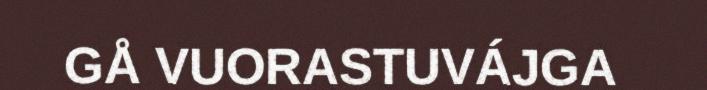
GÅ VUORASTUVÁJGA